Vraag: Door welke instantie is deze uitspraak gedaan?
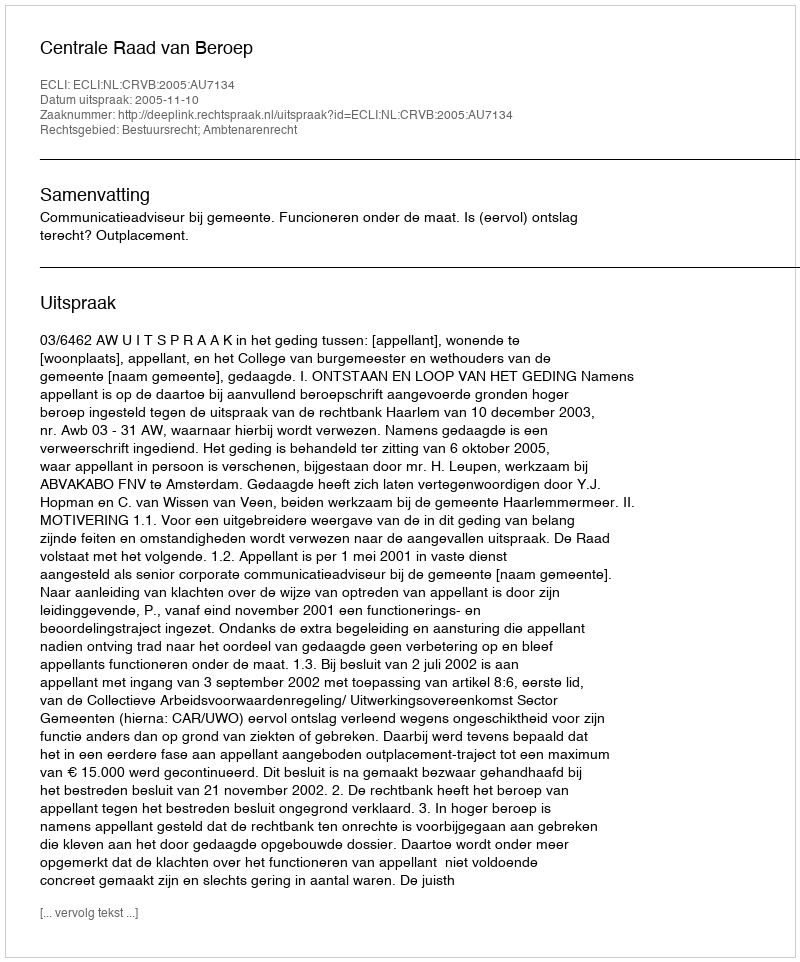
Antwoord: Centrale Raad van Beroep